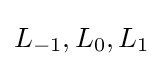
L_{-1},L_{0},L_{1}